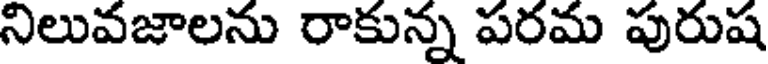
నిలువజాలను రాకున్న పరమ పురుష